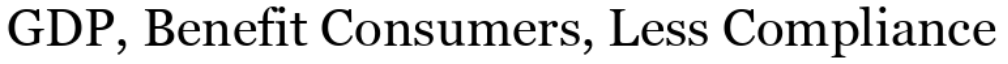
GDP, Benefit Consumers, Less Compliance